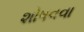
શોષવવા